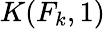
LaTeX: K(F_{k},1)